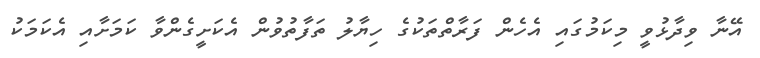
އޭނާ ވިދާޅުވީ މިކަމުގައި އެހެން ފަރާތްތަކުގެ ހިޔާލު ތަފާތުވުން އެކަށީގެންވާ ކަމަށާއި އެކަމަކު